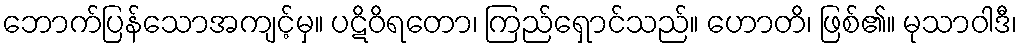
ဘောက်ပြန်သောအကျင့်မှ။ ပဋိဝိရတော၊ ကြည်ရှောင်သည်။ ဟောတိ၊ ဖြစ်၏။ မုသာဝါဒီ၊